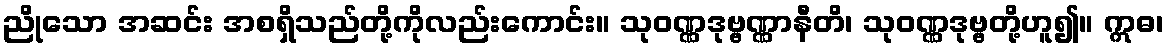
ညိုသော အဆင်း အစရှိသည်တို့ကိုလည်းကောင်း။ သုဝဏ္ဏဒုဗ္ဗဏ္ဏာနီတိ၊ သုဝဏ္ဏဒုဗ္ဗတို့ဟူ၍။ ဣဓ၊